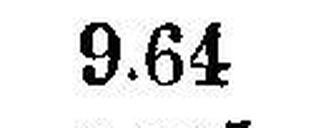
9.64